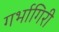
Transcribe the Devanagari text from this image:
गर्भागिरी